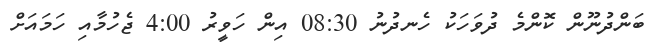
ބަންދުނޫން ކޮންމެ ދުވަހަކު ހެނދުނު 08:30 އިން ހަވީރު 4:00 ޖެހުމާއި ހަމައަށް